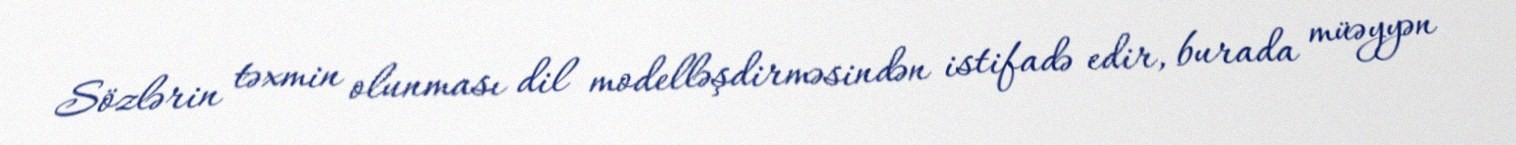
Sözlərin təxmin olunması dil modelləşdirməsindən istifadə edir, burada müəyyən